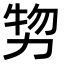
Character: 𠡵